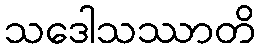
သဒေါသဿာတိ